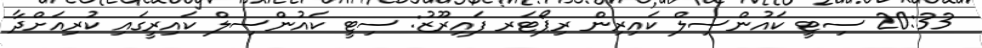
20:33 ސިޓީ ކައުންސިލް ކައިރިން ރިޕޯޓަރ ފައިރޫޒު: ސިޓީ ކައުންސިލް ކައިރީގައި ކުރިއަށްދާ